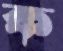
ক